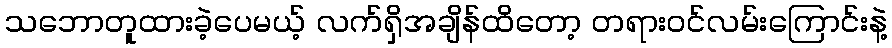
သဘောတူထားခဲ့ပေမယ့် လက်ရှိအချိန်ထိတော့ တရားဝင်လမ်းကြောင်းနဲ့